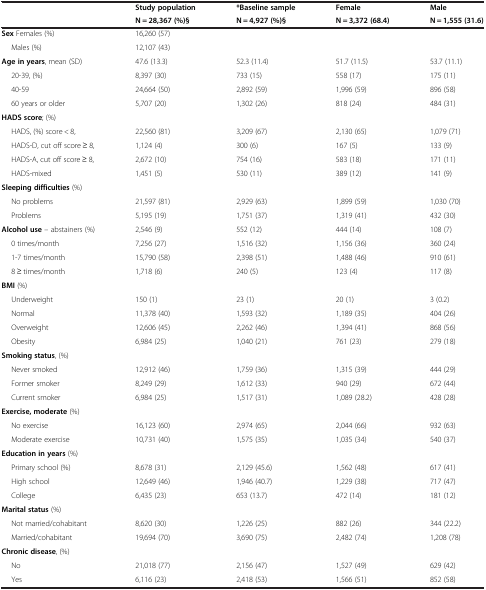
<table><thead><tr><td><b> </b></td><td><b>Study population</b></td><td><b>*Baseline sample</b></td><td><b>Female</b></td><td><b>Male</b></td></tr><tr><td><b> </b></td><td><b>N = 28,367 (%)§</b></td><td><b>N = 4,927 (%)§</b></td><td><b>N = 3,372 (68.4)</b></td><td><b>N = 1,555 (31.6)</b></td></tr></thead><tbody><tr><td><b>Sex</b> Females (%)</td><td>16,260 (57)</td><td> </td><td> </td><td> </td></tr><tr><td>Males (%)</td><td>12,107 (43)</td><td> </td><td> </td><td> </td></tr><tr><td><b>Age in years</b>, mean (SD)</td><td>47.6 (13.3)</td><td>52.3 (11.4)</td><td>51.7 (11.5)</td><td>53.7 (11.1)</td></tr><tr><td>20-39, (%)</td><td>8,397 (30)</td><td>733 (15)</td><td>558 (17)</td><td>175 (11)</td></tr><tr><td>40-59</td><td>24,664 (50)</td><td>2,892 (59)</td><td>1,996 (59)</td><td>896 (58)</td></tr><tr><td>60 years or older</td><td>5,707 (20)</td><td>1,302 (26)</td><td>818 (24)</td><td>484 (31)</td></tr><tr><td><b>HADS score</b>; (%)</td><td> </td><td> </td><td> </td><td> </td></tr><tr><td>HADS, (%) score &lt; 8,</td><td>22,560 (81)</td><td>3,209 (67)</td><td>2,130 (65)</td><td>1,079 (71)</td></tr><tr><td>HADS-D, cut off score ≥ 8,</td><td>1,124 (4)</td><td>300 (6)</td><td>167 (5)</td><td>133 (9)</td></tr><tr><td>HADS-A, cut off score ≥ 8,</td><td>2,672 (10)</td><td>754 (16)</td><td>583 (18)</td><td>171 (11)</td></tr><tr><td>HADS-mixed</td><td>1,451 (5)</td><td>530 (11)</td><td>389 (12)</td><td>141 (9)</td></tr><tr><td><b>Sleeping difficulties</b> (%)</td><td> </td><td> </td><td> </td><td> </td></tr><tr><td>No problems</td><td>21,597 (81)</td><td>2,929 (63)</td><td>1,899 (59)</td><td>1,030 (70)</td></tr><tr><td>Problems</td><td>5,195 (19)</td><td>1,751 (37)</td><td>1,319 (41)</td><td>432 (30)</td></tr><tr><td><b>Alcohol use</b> – abstainers (%)</td><td>2,546 (9)</td><td>552 (12)</td><td>444 (14)</td><td>108 (7)</td></tr><tr><td>0 times/month</td><td>7,256 (27)</td><td>1,516 (32)</td><td>1,156 (36)</td><td>360 (24)</td></tr><tr><td>1-7 times/month</td><td>15,790 (58)</td><td>2,398 (51)</td><td>1,488 (46)</td><td>910 (61)</td></tr><tr><td>8 ≥ times/month</td><td>1,718 (6)</td><td>240 (5)</td><td>123 (4)</td><td>117 (8)</td></tr><tr><td><b>BMI</b> (%)</td><td> </td><td> </td><td> </td><td> </td></tr><tr><td>Underweight</td><td>150 (1)</td><td>23 (1)</td><td>20 (1)</td><td>3 (0.2)</td></tr><tr><td>Normal</td><td>11,378 (40)</td><td>1,593 (32)</td><td>1,189 (35)</td><td>404 (26)</td></tr><tr><td>Overweight</td><td>12,606 (45)</td><td>2,262 (46)</td><td>1,394 (41)</td><td>868 (56)</td></tr><tr><td>Obesity</td><td>6,984 (25)</td><td>1,040 (21)</td><td>761 (23)</td><td>279 (18)</td></tr><tr><td><b>Smoking status</b>, (%)</td><td> </td><td> </td><td> </td><td> </td></tr><tr><td>Never smoked</td><td>12,912 (46)</td><td>1,759 (36)</td><td>1,315 (39)</td><td>444 (29)</td></tr><tr><td>Former smoker</td><td>8,249 (29)</td><td>1,612 (33)</td><td>940 (29)</td><td>672 (44)</td></tr><tr><td>Current smoker</td><td>6,984 (25)</td><td>1,517 (31)</td><td>1,089 (28.2)</td><td>428 (28)</td></tr><tr><td><b>Exercise, moderate</b> (%)</td><td> </td><td> </td><td> </td><td> </td></tr><tr><td>No exercise</td><td>16,123 (60)</td><td>2,974 (65)</td><td>2,044 (66)</td><td>932 (63)</td></tr><tr><td>Moderate exercise</td><td>10,731 (40)</td><td>1,575 (35)</td><td>1,035 (34)</td><td>540 (37)</td></tr><tr><td><b>Education in years</b> (%)</td><td> </td><td> </td><td> </td><td> </td></tr><tr><td>Primary school (%)</td><td>8,678 (31)</td><td>2,129 (45.6)</td><td>1,562 (48)</td><td>617 (41)</td></tr><tr><td>High school</td><td>12,649 (46)</td><td>1,946 (40.7)</td><td>1,229 (38)</td><td>717 (47)</td></tr><tr><td>College</td><td>6,435 (23)</td><td>653 (13.7)</td><td>472 (14)</td><td>181 (12)</td></tr><tr><td><b>Marital status</b> (%)</td><td> </td><td> </td><td> </td><td> </td></tr><tr><td>Not married/cohabitant</td><td>8,620 (30)</td><td>1,226 (25)</td><td>882 (26)</td><td>344 (22.2)</td></tr><tr><td>Married/cohabitant</td><td>19,694 (70)</td><td>3,690 (75)</td><td>2,482 (74)</td><td>1,208 (78)</td></tr><tr><td><b>Chronic disease</b>, (%)</td><td> </td><td> </td><td> </td><td> </td></tr><tr><td>No</td><td>21,018 (77)</td><td>2,156 (47)</td><td>1,527 (49)</td><td>629 (42)</td></tr><tr><td>Yes</td><td>6,116 (23)</td><td>2,418 (53)</td><td>1,566 (51)</td><td>852 (58)</td></tr></tbody></table>